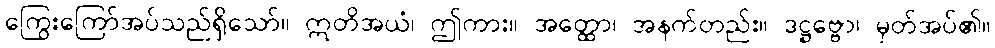
ကြွေးကြော်အပ်သည်ရှိသော်။ ဣတိအယံ၊ ဤကား။ အတ္ထော၊ အနက်တည်း။ ဒဋ္ဌဗ္ဗော၊ မှတ်အပ်၏။